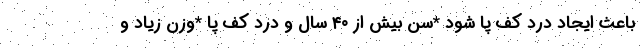
باعث ایجاد درد کف پا شود *سن بیش از ۴۰ سال و درد کف پا *وزن زیاد و